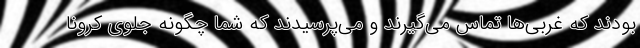
بودند که غربی‌ها تماس می‌گیرند و می‌پرسیدند که شما چگونه جلوی کرونا